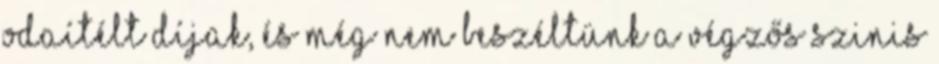
odaítélt díjak, és még nem beszéltünk a végzős szinis